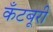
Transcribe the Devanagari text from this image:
कँटबूरी